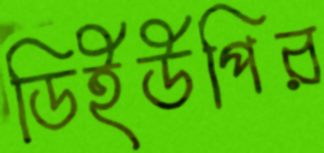
ডিইউপির